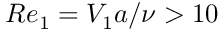
R e _ { 1 } = V _ { 1 } a / \nu > 1 0